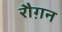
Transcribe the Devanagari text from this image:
रौग़न